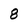
Character: 8